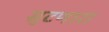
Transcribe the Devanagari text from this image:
सुटणारा